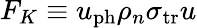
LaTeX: F_{K}\equiv u_{\mathrm{ph}}\rho_{n}\sigma_{\mathrm{tr}}u